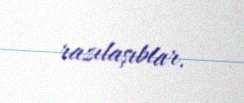
razılaşıblar.